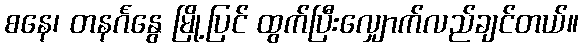
စနေ၊ တနင်္ဂနွေ မြို့ပြင် ထွက်ပြီးလျှောက်လည်ချင်တယ်။